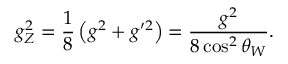
g _ { Z } ^ { 2 } = \frac { 1 } { 8 } \left( g ^ { 2 } + g ^ { \prime 2 } \right) = \frac { g ^ { 2 } } { 8 \cos ^ { 2 } \theta _ { W } } .